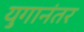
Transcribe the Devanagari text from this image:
युगानंतर